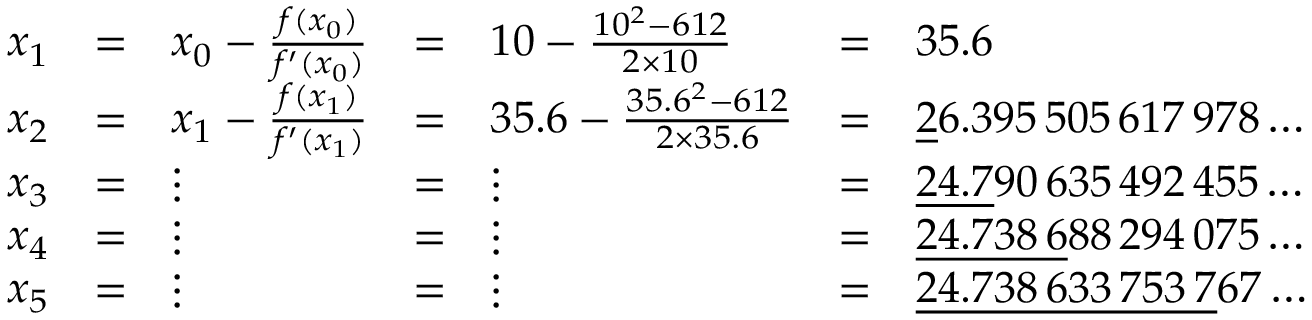
{ \begin{array} { l l l l l l l } { x _ { 1 } } & { = } & { x _ { 0 } - { \frac { f ( x _ { 0 } ) } { f ^ { \prime } ( x _ { 0 } ) } } } & { = } & { 1 0 - { \frac { 1 0 ^ { 2 } - 6 1 2 } { 2 \times 1 0 } } } & { = } & { 3 5 . 6 \qquad \qquad \qquad \quad \; \, } \\ { x _ { 2 } } & { = } & { x _ { 1 } - { \frac { f ( x _ { 1 } ) } { f ^ { \prime } ( x _ { 1 } ) } } } & { = } & { 3 5 . 6 - { \frac { 3 5 . 6 ^ { 2 } - 6 1 2 } { 2 \times 3 5 . 6 } } } & { = } & { { \underline { { 2 } } } 6 . 3 9 5 \, 5 0 5 \, 6 1 7 \, 9 7 8 \dots } \\ { x _ { 3 } } & { = } & { \vdots } & { = } & { \vdots } & { = } & { { \underline { { 2 4 . 7 } } } 9 0 \, 6 3 5 \, 4 9 2 \, 4 5 5 \dots } \\ { x _ { 4 } } & { = } & { \vdots } & { = } & { \vdots } & { = } & { { \underline { { 2 4 . 7 3 8 \, 6 } } } 8 8 \, 2 9 4 \, 0 7 5 \dots } \\ { x _ { 5 } } & { = } & { \vdots } & { = } & { \vdots } & { = } & { { \underline { { 2 4 . 7 3 8 \, 6 3 3 \, 7 5 3 \, 7 } } } 6 7 \dots } \end{array} }